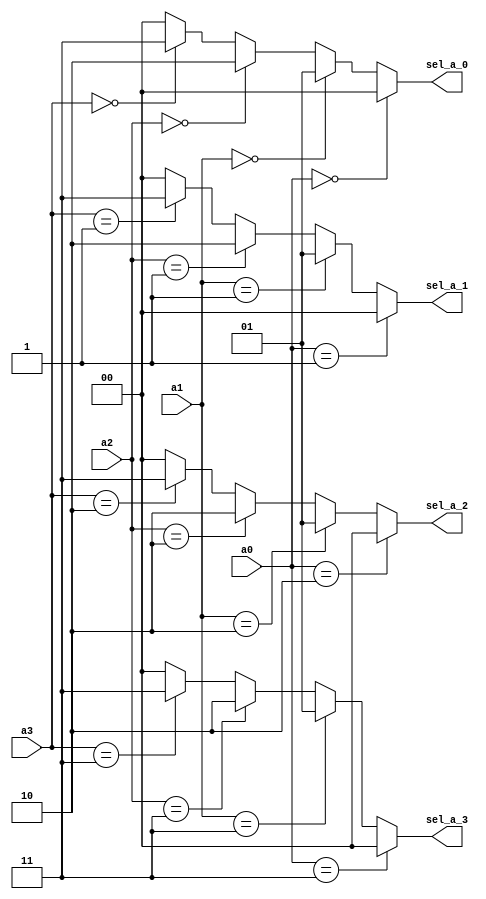
module arbiter(
    input [1:0] a0,a1,a2,a3,
    output reg [1:0] sel_a_0,sel_a_1,sel_a_2,sel_a_3
    );
    
    always@(*)
    begin
      if(a0 == 0) 
        sel_a_0 = 0;
      else if(a1 == 0)
         sel_a_0 = 1;
      else if(a2 == 0)
         sel_a_0 = 2;
      else if(a3 == 0)
         sel_a_0 = 3;   
       else
         sel_a_0 = 0;  
    end
    
    always@(*)
    begin
      if(a0 == 1) 
        sel_a_1 = 0;
      else if(a1 == 1)
         sel_a_1 = 1;
      else if(a2 == 1)
         sel_a_1 = 2;
      else if(a3 == 1)
         sel_a_1 = 3;   
       else
         sel_a_1 = 0;  
    end
    
    always@(*)
    begin
      if(a0 == 2) 
        sel_a_2 = 0;
      else if(a1 == 2)
         sel_a_2 = 1;
      else if(a2 == 2)
         sel_a_2 = 2;
      else if(a3 == 2)
         sel_a_2 = 3;   
       else
         sel_a_2 = 0;  
    end
    
    always@(*)
    begin
      if(a0 == 3) 
        sel_a_3 = 0;
      else if(a1 == 3)
         sel_a_3 = 1;
      else if(a2 == 3)
         sel_a_3 = 2;
      else if(a3 == 3)
         sel_a_3 = 3;    
       else
         sel_a_3 = 0;  
    end
    
endmodule